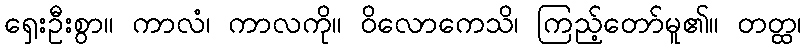
ရှေးဦးစွာ။ ကာလံ၊ ကာလကို။ ဝိလောကေသိ၊ ကြည့်တော်မူ၏။ တတ္ထ၊